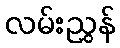
လမ်းညွှန်